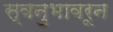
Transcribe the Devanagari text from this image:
स्वनुभावरून